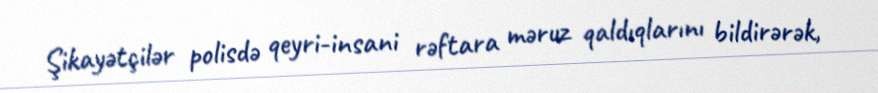
Şikayətçilər polisdə qeyri-insani rəftara məruz qaldıqlarını bildirərək,